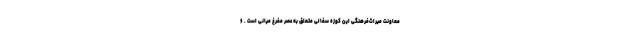
معاونت میراث‌فرهنگی این کوزه سفالی متعلق به عصر مفرغ میانی است . ۶